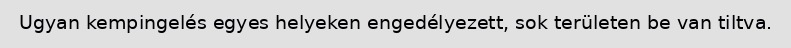
Ugyan kempingelés egyes helyeken engedélyezett, sok területen be van tiltva.